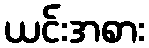
ယင်းအစား